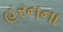
હરનના